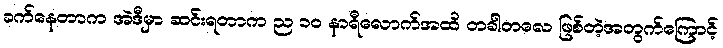
ခက်နေတာက အဲဒီမှာ ဆင်းရတာက ည ၁၀ နာရီလောက်အထိ တခါတလေ ဖြစ်တဲ့အတွက်ကြောင့်